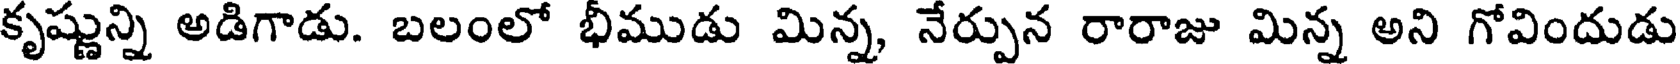
కృష్ణున్ని అడిగాడు. బలంలో భీముడు మిన్న, నేర్పున రారాజు మిన్న అని గోవిందుడు